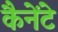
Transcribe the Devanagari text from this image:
कैनेंटे